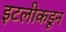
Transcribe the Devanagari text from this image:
इटलीकडून